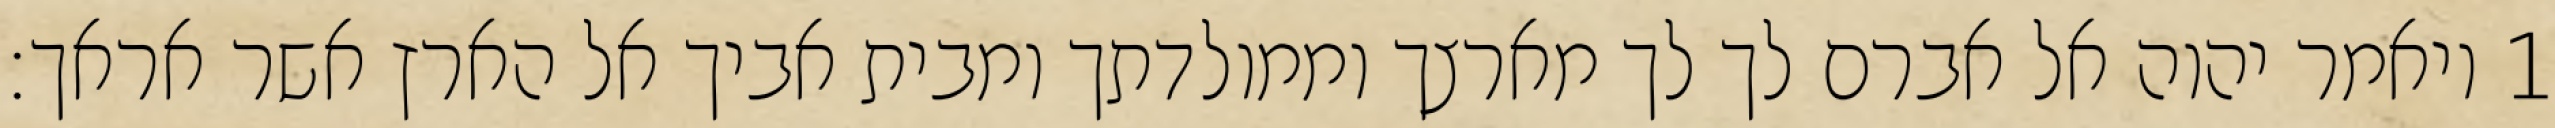
1 ויאמר יהוה אל אברם לך לך מארצך וממולדתך ומבית אביך אל הארץ אשר אראך׃